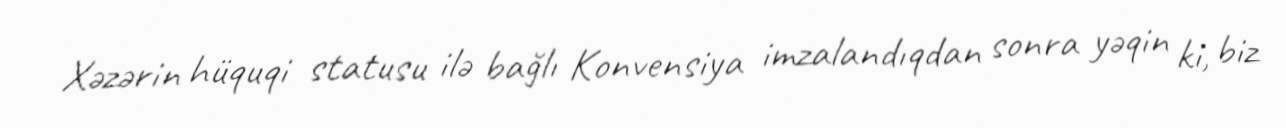
Xəzərin hüquqi statusu ilə bağlı Konvensiya imzalandıqdan sonra yəqin ki, biz